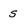
Character: S